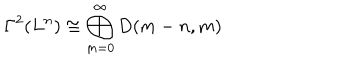
\Gamma ^ { 2 } ( L ^ { n } ) \cong \bigoplus _ { m = 0 } ^ { \infty } D ( m - n , m )